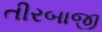
તીરબાજી